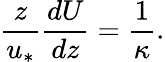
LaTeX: \frac{z}{u_{\ast}}\frac{dU}{dz}=\frac{1}{\kappa}.